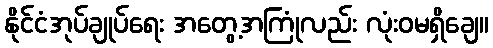
နိုင်ငံအုပ်ချုပ်ရေး အတွေ့အကြုံလည်း လုံးဝမရှိချေ။